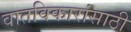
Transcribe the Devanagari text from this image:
वातविकारांसाठी